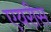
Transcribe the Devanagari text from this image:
एयरीस